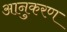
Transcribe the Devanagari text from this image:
आनुकरण